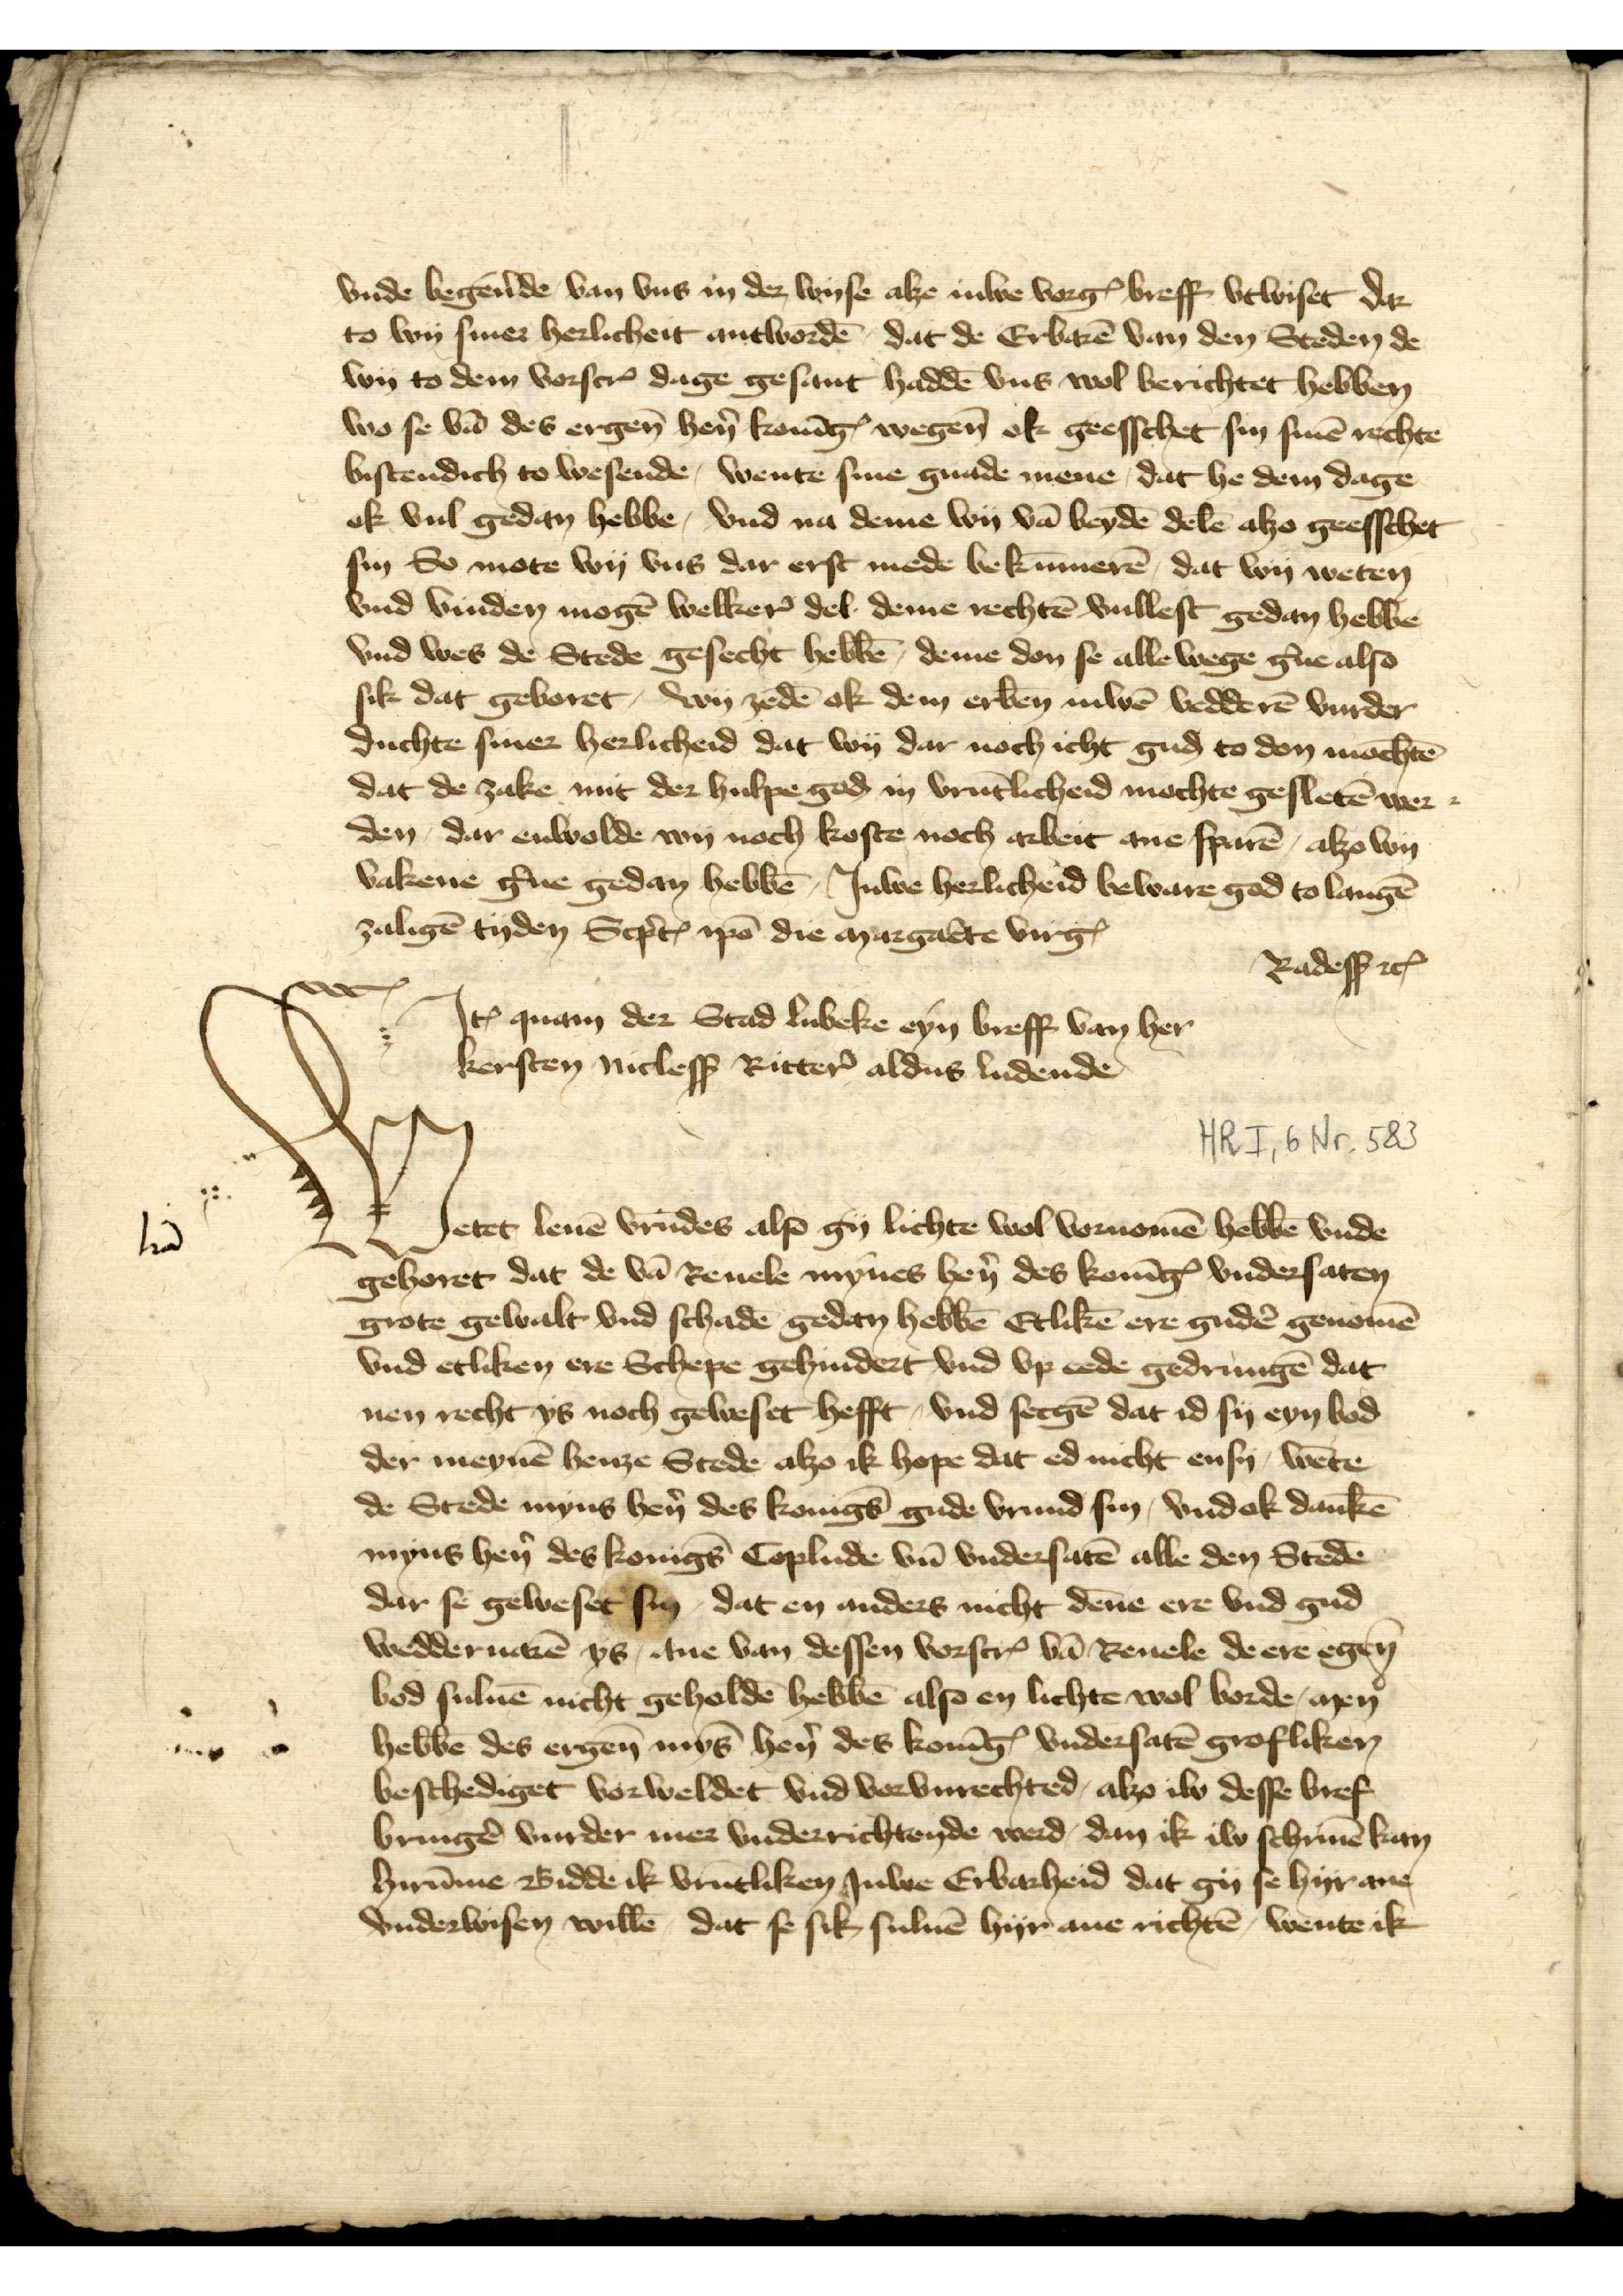
vnde begẻnde van vns in der wyse alze Juwe vorgꝬ breff vtwiset dar
to wy siner herlicheit antwordē, dat de Erbarē van den Steden de
wy to dem vorscrꝬ dage gesant haddē vns wol berichtet hebben
wo se vā des ergen̄ hẻn KonīgꝬ wegen ok geesschet sin sinē rechte
bistendich to wesende, wente sine gnade mene, dat he dem dage
ok vul gedan hebbe, vnd na deme wy vā beydē delē alzo geesschet
sin So mote wy vns dar erst mede bekūmerē, dat wy weten
vnd vinden mogē welker̉ del deme rechtē vullest gedan hebbe
vnd wes de Stede gesecht hebbē, deme don se alle wege g̉ne also
sik dat geboret, wy zedē ok dem erben̄ iuwē vedderē vurder
duchte siner herlicheid dat wy dar noch icht guḑ to don mochtē
dat de zake mit der hulpe goḑ in vrūtlicheid mochte gesletē wer¬
den, dar enwolde wy noch koste noch arbeit ane sparē, alzo wy
vakene g̉ne gedan hebbē, Juwe herlicheid beware god to langē
zaligē tyden Scp̉tꝬ ipō die nargaēte vngꝬ
Radesß etꝬ

Wetet leuē vrūdes also gy lichte wol vornomē hebbē vnde
gehoret dat de vā Reuele mynes hẻn des KonīgꝬ vndersaten
grote gewalt vnd schadē gedan hebbē Etlikē ere gudē genomē
vnd etliken ere Schepe gehindert vnd vp cede gedrungē dat
nen recht ys noch geweset hefft, vnd secgē dat id sy eyn bod
der meynē henze Stede alzo ik hope dat ed nicht ensy, wēte
de Stede myns hẻn des Konīgs gude vrund sin, vnd ok dankē
myns hẻn des Konīgs Coplude vnd vndersatē alle den Stedē
dar se geweset sin dat en andern nicht dēne ere vnd gud
wedderuarē ys, ane van dessen vorscrꝬ van Reuele de ere egen̄
bod suluē nicht geholdē hebbē also en lichte wol borde, men
hebbē des ergen̄ mȳs hẻn des KonīgꝬ vndersatē grofliken
beschediget vorweldet vnd vorvnrechted, alzo iw desse bref
bringē vurder mer vnderrichtende werd, dan ik iw schriuē kan
hirūme Bidde ik vrūtliken Juwe Erbarheid dat gy se hyr ane
vnderwisen willē, dat se sik suluē hyr ane richtē, wente ik
Iꝷ quam der Stad Lubeke eyn breff van her
kersten Nicless Ritter̉ aldus ludende

l̄t̄a